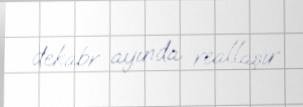
dekabr ayında reallaşır.